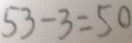
5 3 - 3 = 5 0